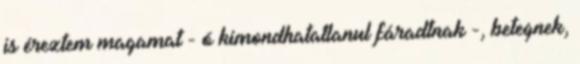
is éreztem magamat - ó kimondhatatlanul fáradtnak -, betegnek,